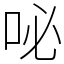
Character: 咇